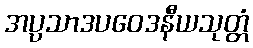
အပ္ပသာဒပဝေဒနီယသုတ္တံ